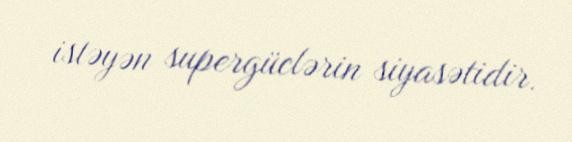
istəyən supergüclərin siyasətidir.